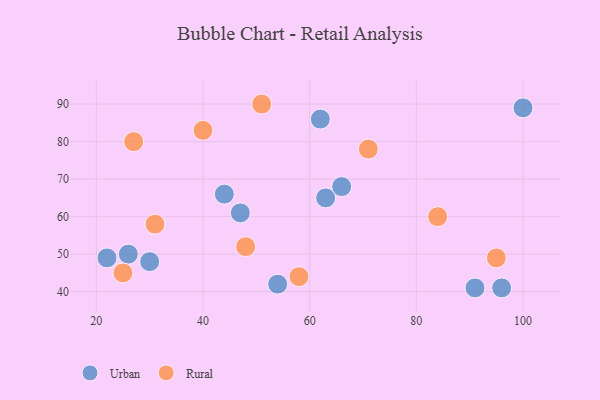
{"axis": {"x": "GDP", "y": "Life Expectancy"}, "legend": ["Rural", "Urban"], "data": [{"x": "63", "y": 65, "type": "Urban"}, {"x": "44", "y": 66, "type": "Urban"}, {"x": "66", "y": 68, "type": "Urban"}, {"x": "96", "y": 41, "type": "Urban"}, {"x": "30", "y": 48, "type": "Urban"}, {"x": "54", "y": 42, "type": "Urban"}, {"x": "26", "y": 50, "type": "Urban"}, {"x": "22", "y": 49, "type": "Urban"}, {"x": "62", "y": 86, "type": "Urban"}, {"x": "91", "y": 41, "type": "Urban"}, {"x": "47", "y": 61, "type": "Urban"}, {"x": "100", "y": 89, "type": "Urban"}, {"x": "95", "y": 49, "type": "Rural"}, {"x": "71", "y": 78, "type": "Rural"}, {"x": "40", "y": 83, "type": "Rural"}, {"x": "25", "y": 45, "type": "Rural"}, {"x": "58", "y": 44, "type": "Rural"}, {"x": "51", "y": 90, "type": "Rural"}, {"x": "31", "y": 58, "type": "Rural"}, {"x": "48", "y": 52, "type": "Rural"}, {"x": "84", "y": 60, "type": "Rural"}, {"x": "27", "y": 80, "type": "Rural"}]}